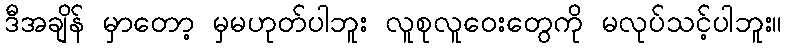
ဒီအချိန် မှာတော့ မှမဟုတ်ပါဘူး လူစုလူဝေးတွေကို မလုပ်သင့်ပါဘူး။